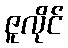
ဇူလိုင်